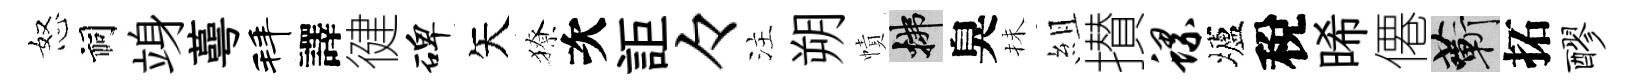
怒祠竧蕚拜譯徤碑矢獠次詎々注朔幘拂臭抺組攅螺壚稅晞僊蔪拓醪